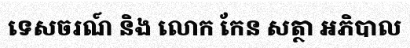
ទេសចរណ៍ និង លោក កែន សត្ថា អភិបាល